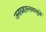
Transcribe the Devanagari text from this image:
जनाग्रहास्तवामुळे